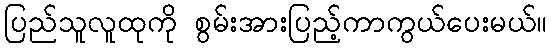
ပြည်သူလူထုကို စွမ်းအားပြည့်ကာကွယ်ပေးမယ်။